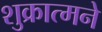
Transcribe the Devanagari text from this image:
शुक्रात्मने